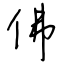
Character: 佛